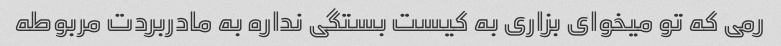
رمی که تو میخوای بزاری به کیست بستگی نداره به مادربردت مربوطه